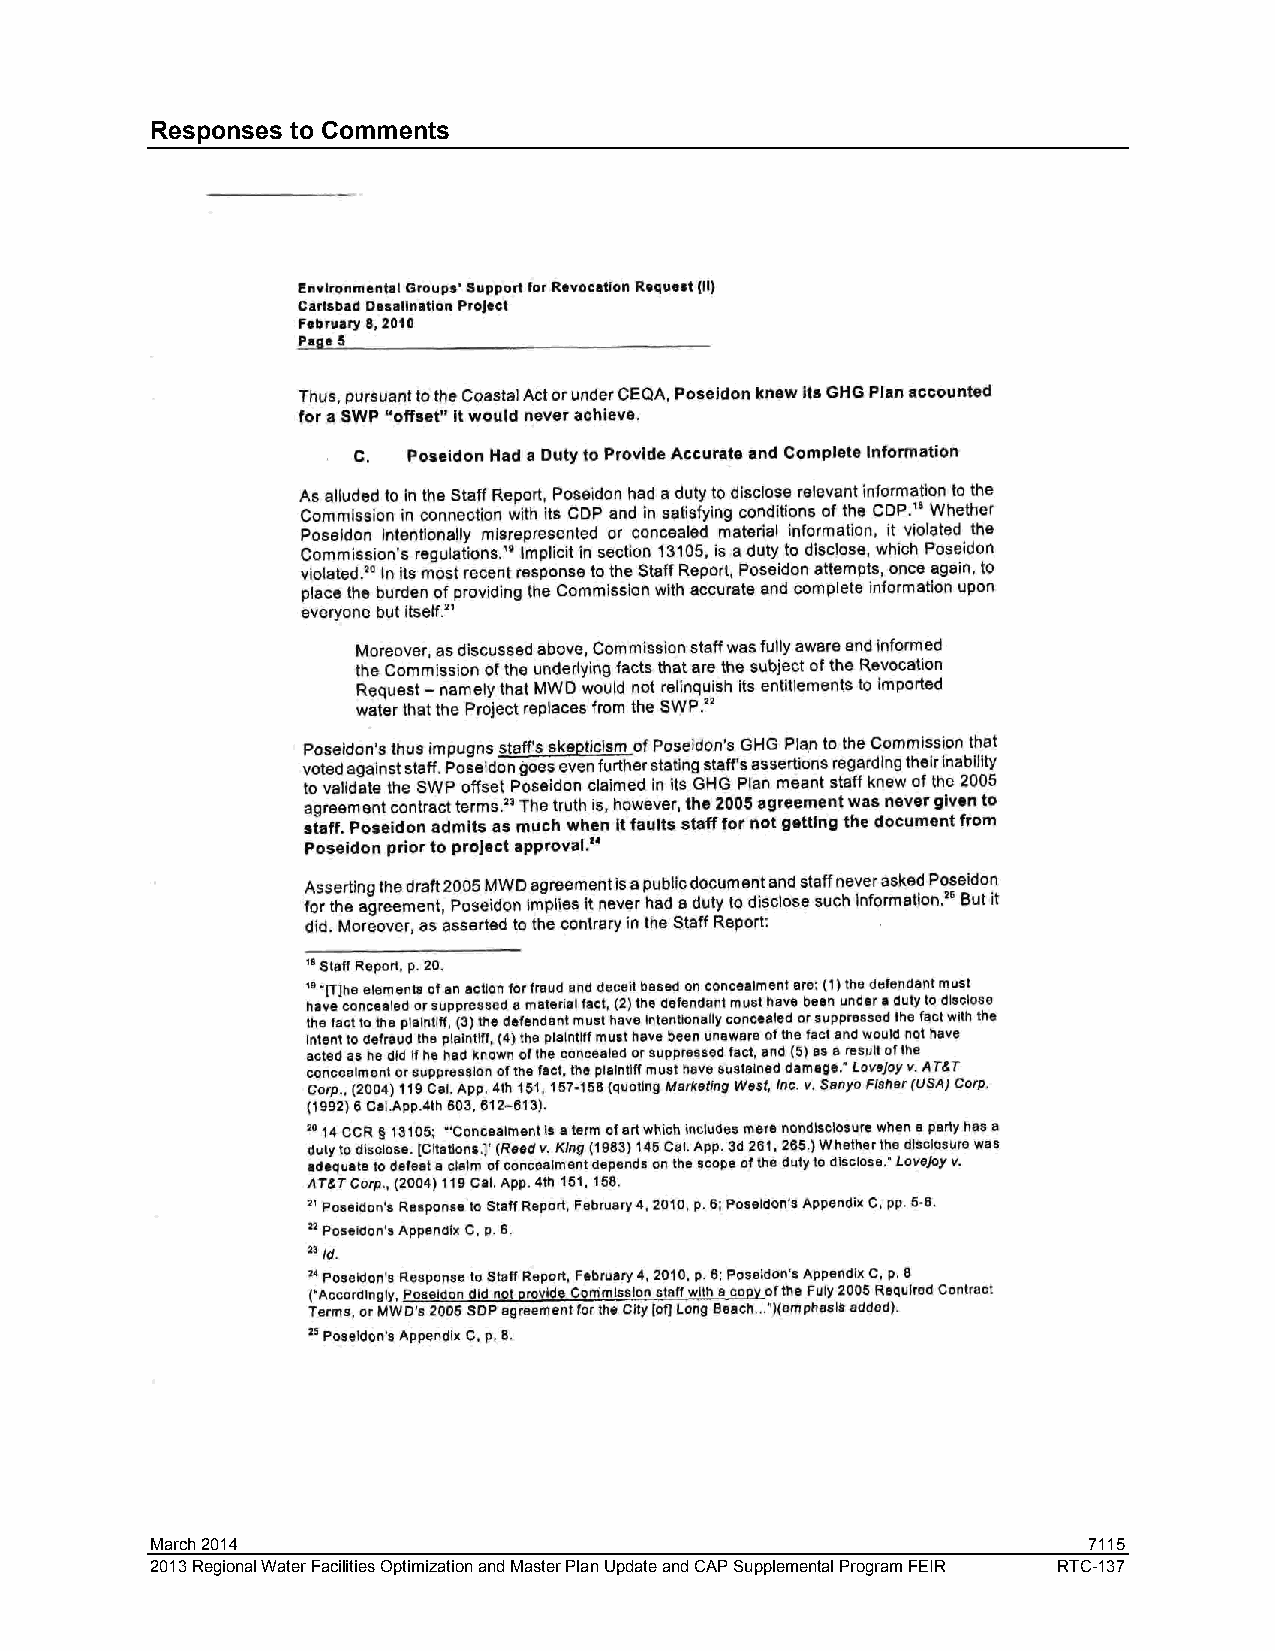
Responses to Comments
 March 2014                                                    7115
 2013 Regional Water Facilities Optimization and Master Plan Update and CAP Supplemental Program FEIR RTC-137